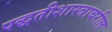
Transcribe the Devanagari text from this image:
पद्धतीशास्त्रावरील